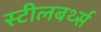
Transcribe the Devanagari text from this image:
स्टीलबर्थ्स